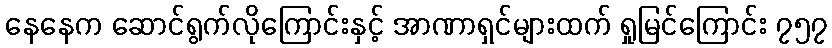
နေနေက ဆောင်ရွက်လိုကြောင်းနှင့် အာဏာရှင်များထက် ရှုမြင်ကြောင်း ၇၅၇